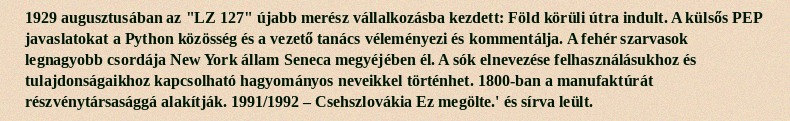
1929 augusztusában az "LZ 127" újabb merész vállalkozásba kezdett: Föld körüli útra indult. A külsős PEP javaslatokat a Python közösség és a vezető tanács véleményezi és kommentálja. A fehér szarvasok legnagyobb csordája New York állam Seneca megyéjében él. A sók elnevezése felhasználásukhoz és tulajdonságaikhoz kapcsolható hagyományos neveikkel történhet. 1800-ban a manufaktúrát részvénytársasággá alakítják. 1991/1992 – Csehszlovákia Ez megölte.' és sírva leült.